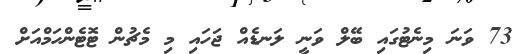
73 ވަނަ މިނެޓުގައި ބޭލް ވަނީ ލަނޑެއް ޖަހައި މި މެޗުން ޓޮޓެންހަމްއަށް